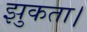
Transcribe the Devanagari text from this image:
झुकता।